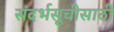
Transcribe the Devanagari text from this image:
संदर्भसूचीसाठी